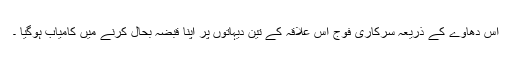
اس دھاوے کے ذریعہ سرکاری فوج اس علاقہ کے تین دیہاتوں پر اپنا قبضہ بحال کرنے میں کامیاب ہوگیا ۔